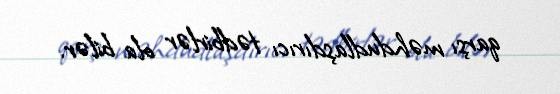
qarşı məhdudlaşdırıcı tədbirlər ola bilər.